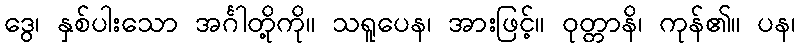
ဒွေ၊ နှစ်ပါးသော အင်္ဂါတို့ကို။ သရူပေန၊ အားဖြင့်။ ဝုတ္တာနိ၊ ကုန်၏။ ပန၊